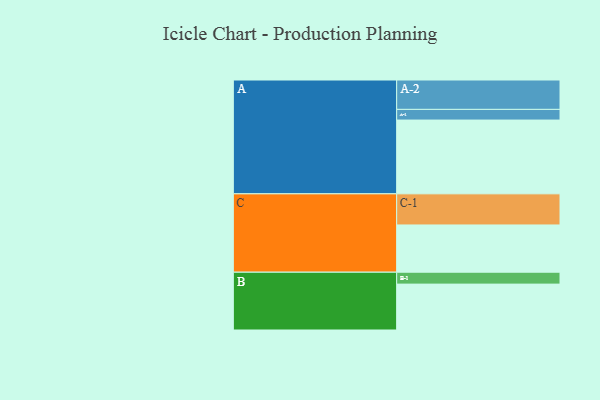
{"axis": {"x": "Segment", "y": "Value"}, "legend": ["", "A", "B", "C"], "data": [{"x": "A", "y": 595, "type": ""}, {"x": "B", "y": 370, "type": ""}, {"x": "C", "y": 381, "type": ""}, {"x": "A-1", "y": 86, "type": "A"}, {"x": "A-2", "y": 237, "type": "A"}, {"x": "B-1", "y": 96, "type": "B"}, {"x": "C-1", "y": 251, "type": "C"}]}